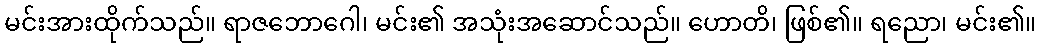
မင်းအားထိုက်သည်။ ရာဇဘောဂေါ၊ မင်း၏ အသုံးအဆောင်သည်။ ဟောတိ၊ ဖြစ်၏။ ရညော၊ မင်း၏။